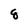
Character: 8